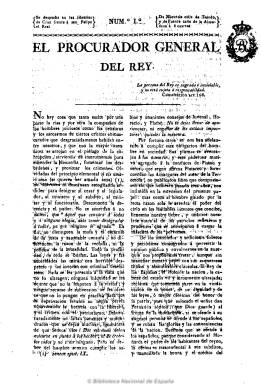
Título: El Procurador general del rey
Colección: Periódicos anteriores a 1850
Ámbito geográfico: Madrid
Lugar de publicación: Madrid
Fechas: 22/05/1822-15/11/1823

Al amparo del gobierno moderado de Martínez de la Rosa, comienza a publicarse el 22 de mayo de 1822, contribuyendo directamente Fernando VII en su fundación con 30.000 reales, según señala Pérez de Guzmán en su Bosquejo histórico… Dirigido por Luis de la Torre, su carácter será absolutista y servil, defensor de la unión del altar y del rey.

Se publica sin periodicidad fija en números de cuatro páginas, a dos columnas y foliación seguida, primero de la imprenta madrileña de J. Ramos y Compañía, y después en la de Rosa Sanz, a cargo de su hijo Norberto Llorenci.

La primera parte de cada número es un extenso artículo de carácter doctrinal y político, y la segunda, englobada en una sección que titula “Variedades”, son sueltos o breves en los que comenta la actualidad política y polemiza encarnizadamente con la prensa liberal, en un momento en el que el clero absolutista inicia de nuevo la persecución de los liberales.

Publicó también suplementos y su último número es un Apéndice al número 28, de 26 de noviembre de 1823.